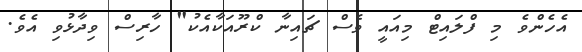
އެހެންވެ މި ފްލައިޓް މިއައީ ވެސް ޗައިނާ ކްރޫއަކާއެކު" ހާރިސް ވިދާޅުވި އެވެ.